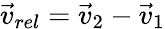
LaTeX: \vec{v}_{rel}=\vec{v}_{2}-\vec{v}_{1}